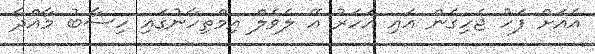
އެއަށް ފަހު ޖެހިގެން އައި އަހަރު އޭ ލެވެލް އިމްތިހާނުގައި ހިސާބު މާއްދާ